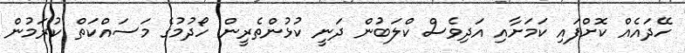
ހޭދައެއް ކޮށްފައި ކަމަށާއި އަދިވެސް ކްލަބުން ދަނީ ކުޅުންތެރީން ހޯދުމުގެ މަސައްކަތް ކުރަމުން